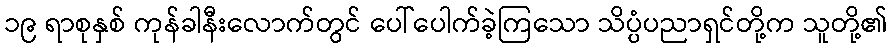
၁၉ ရာစုနှစ် ကုန်ခါနီးလောက်တွင် ပေါ်ပေါက်ခဲ့ကြသော သိပ္ပံပညာရှင်တို့က သူတို့၏